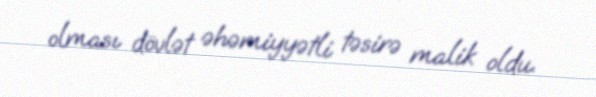
olması dövlət əhəmiyyətli təsirə malik oldu.